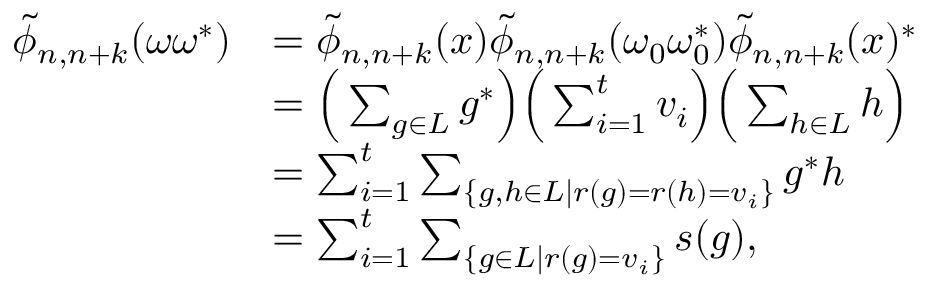
\begin{array} { r l } { \widetilde { \phi } _ { n , n + k } ( \omega \omega ^ { * } ) } & { = \widetilde { \phi } _ { n , n + k } ( x ) \widetilde { \phi } _ { n , n + k } ( \omega _ { 0 } \omega _ { 0 } ^ { * } ) \widetilde { \phi } _ { n , n + k } ( x ) ^ { * } } \\ & { = \Big ( \sum _ { g \in L } g ^ { * } \Big ) \Big ( \sum _ { i = 1 } ^ { t } v _ { i } \Big ) \Big ( \sum _ { h \in L } h \Big ) } \\ & { = \sum _ { i = 1 } ^ { t } \sum _ { \{ g , h \in L \mid r ( g ) = r ( h ) = v _ { i } \} } g ^ { * } h } \\ & { = \sum _ { i = 1 } ^ { t } \sum _ { \{ g \in L \mid r ( g ) = v _ { i } \} } s ( g ) , } \end{array}